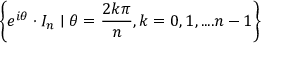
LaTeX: \left\lbrace e ^ { i \theta } \cdot I _ { n } \mid \theta = { \frac { 2 k \pi } { n } } , k = 0 , 1 , . . . . n - 1 \right\rbrace